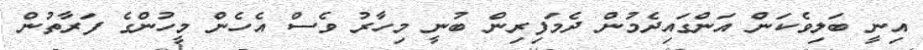
އިނީ ބަލިވެކަން އަންގައިދެމުން ދެމަފިރިން ބުނީ މިހާރު ވެސް އެހެން މީހުންގެ ފަރާތުން